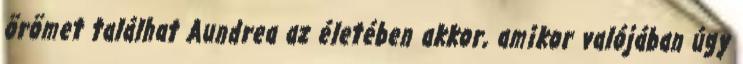
örömet találhat Aundrea az életében akkor, amikor valójában úgy